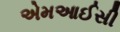
એમઆઈસી